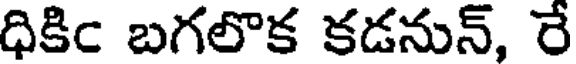
ధికిఁ బగలొక కడనున్, రే